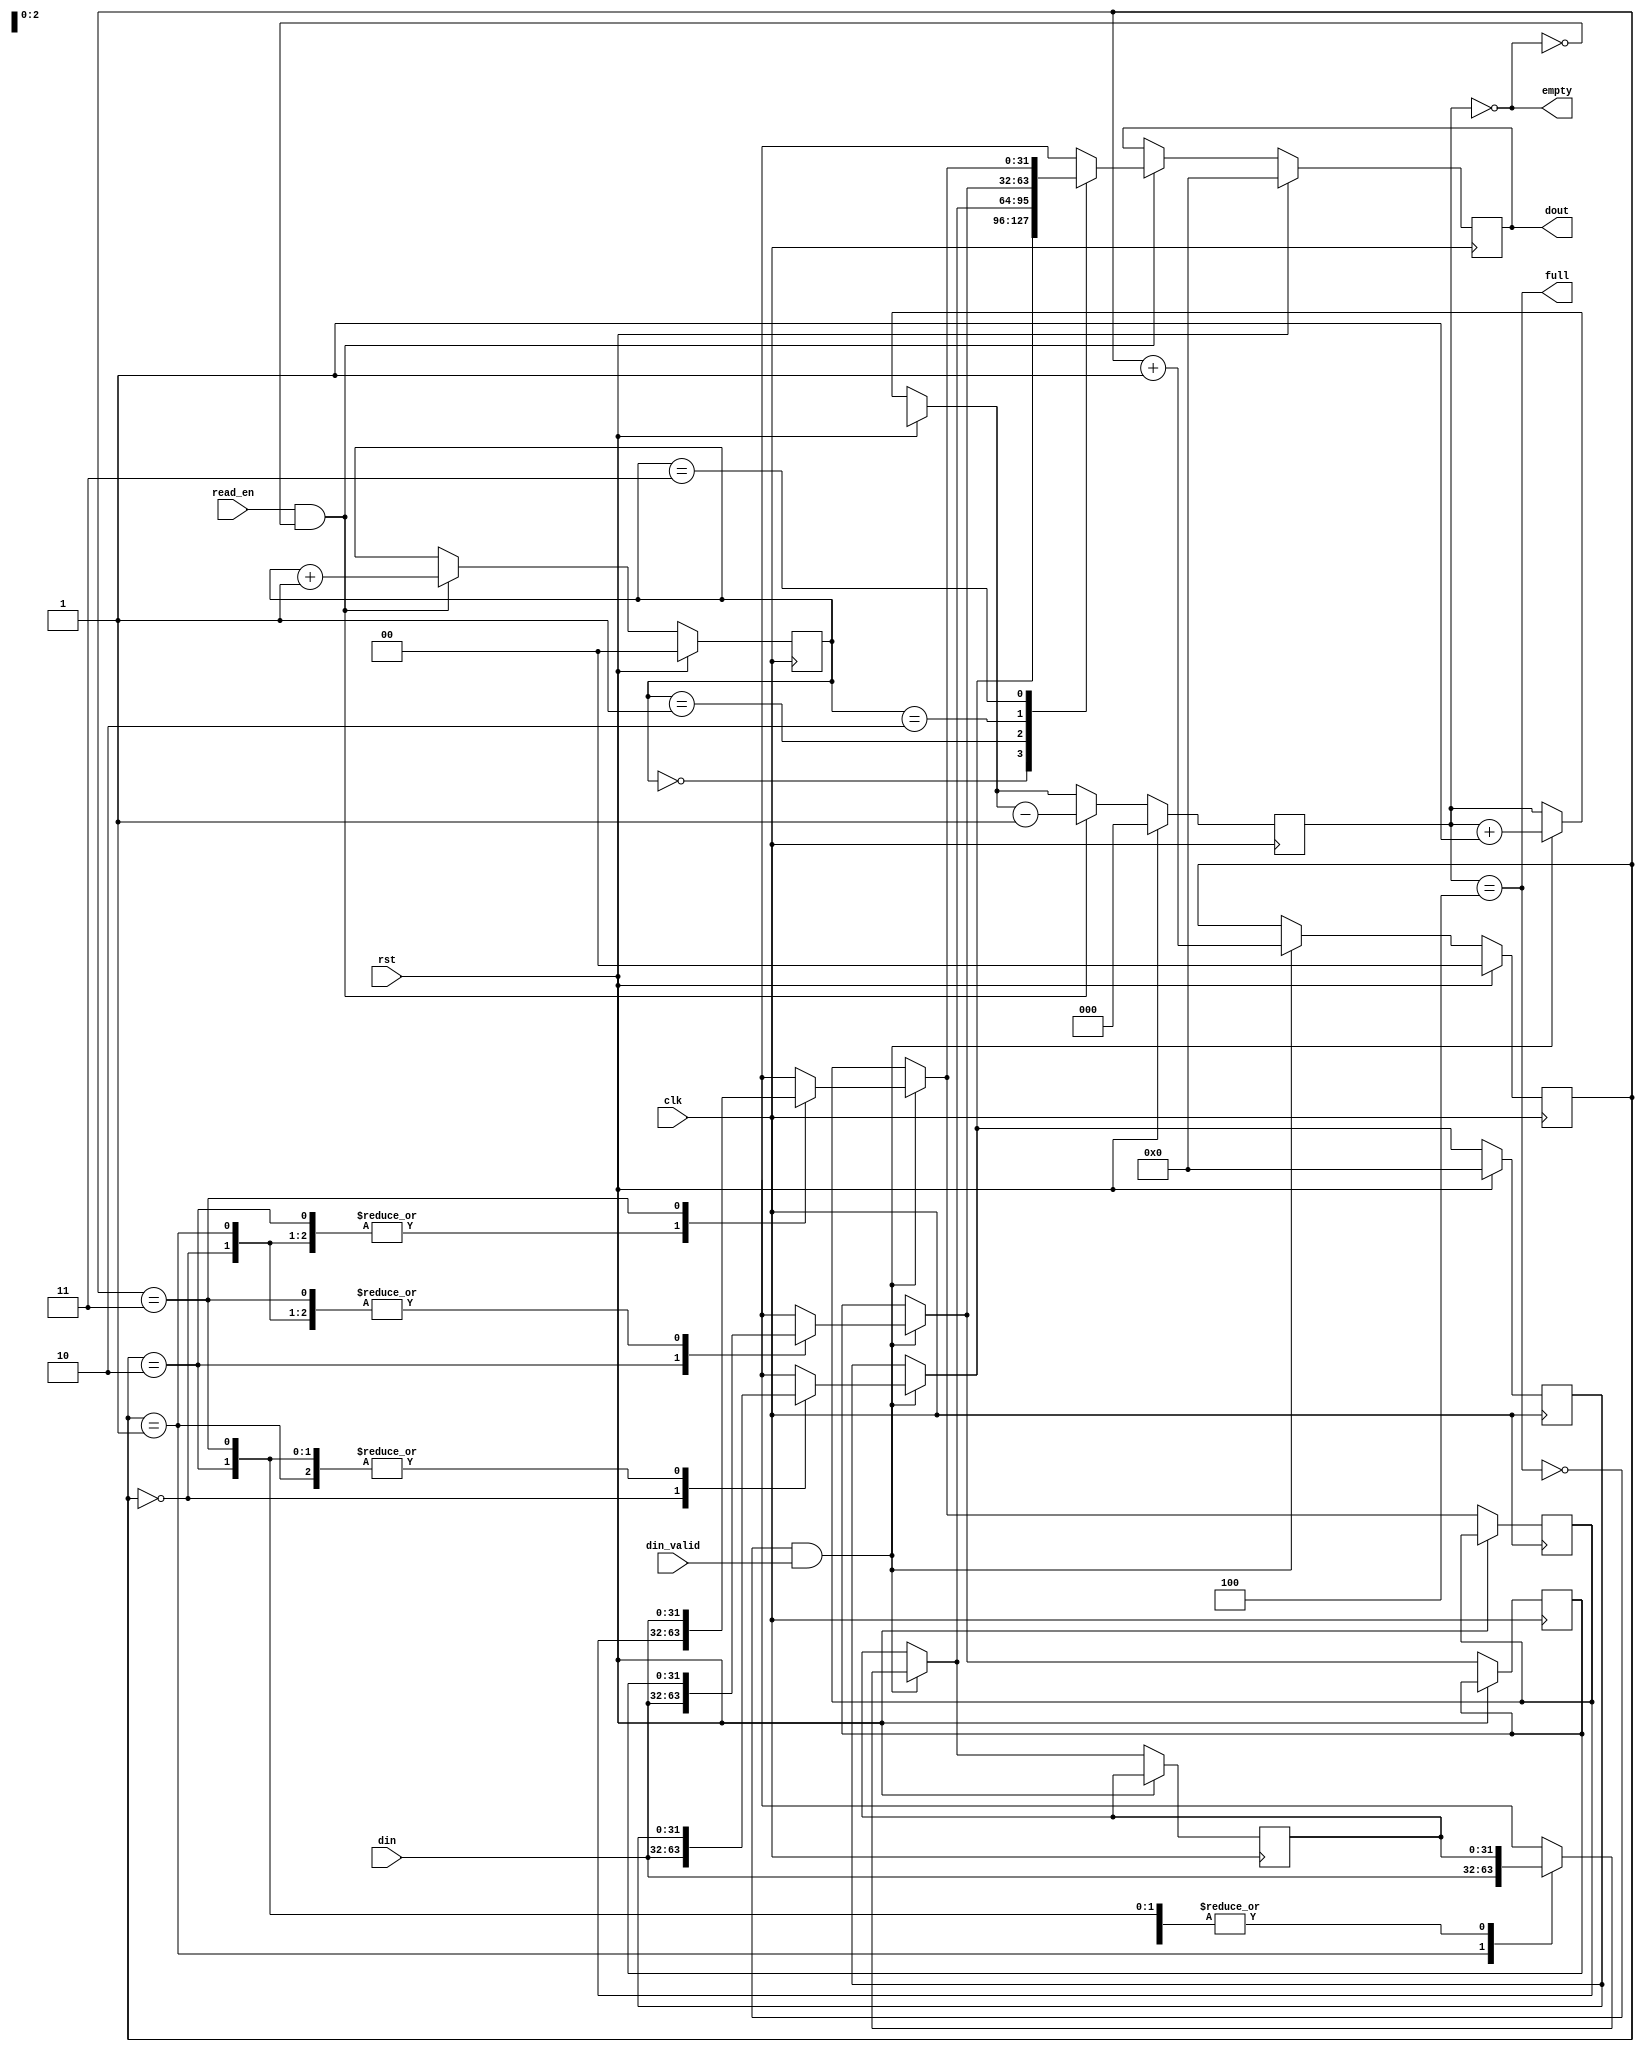
`timescale 1ns / 1ps
//////////////////////////////////////////////////////////////////////////////////
// buffer.v
//
// A simple buffer.
// Reads and writes are synchronous
// Reset is synchronous active high.
//
// NOTE: BUFFER_DEPTH has to be a power of 2 
// (Don't forget 1 is also a power of 2 :-) ).
//////////////////////////////////////////////////////////////////////////////////


module buffer#(
    parameter DATA_WIDTH = 32,
    parameter BUFFER_DEPTH = 4
)(
    input clk,
    input rst,
    input [DATA_WIDTH-1:0] din,
    input din_valid,
    input read_en,
    output [DATA_WIDTH-1:0] dout,
    output empty,
    output full
);
    
    localparam BUFFER_WIDTH = $clog2(BUFFER_DEPTH);

    /* 
    If BUFFER_DEPTH is 1 the logic needs to be different
    as read_pointer / write_pointer should not be used. Using
    generate statement to correctly generate logic 
    */
    generate
        if (BUFFER_DEPTH != 1) begin
            reg [DATA_WIDTH-1:0] data [BUFFER_DEPTH-1:0];
            reg [BUFFER_WIDTH-1:0] read_pointer, write_pointer;
            reg [BUFFER_WIDTH:0] status_counter;
            reg [DATA_WIDTH-1:0] output_data;
            
            assign empty = status_counter == 0;
            assign full = status_counter == BUFFER_DEPTH;
            assign dout = output_data;

            integer i;
            initial begin
                for (i = 0; i < BUFFER_DEPTH; i = i + 1)
                    data[i] <= 0;
                read_pointer <= 0;
                write_pointer <= 0;
                status_counter <= 0;
                output_data <= 0;
            end


            always@(posedge clk) begin
                if (rst) begin
                    data[0] <= 0;
                    read_pointer <= 0;
                    write_pointer <= 0;
                    status_counter <= 0;
                    output_data <= 0;
                end
                else begin
                    if (!full && din_valid) begin
                        data[write_pointer] = din;
                        write_pointer = write_pointer + 1;
                        status_counter = status_counter + 1;
                    end
                    if (read_en && !empty) begin
                        output_data = data[read_pointer];
                        read_pointer = read_pointer + 1;
                        status_counter = status_counter - 1;
                    end
                end
            end
        end
        else begin
            reg [DATA_WIDTH-1:0] data;
            reg status_counter;
            reg [DATA_WIDTH-1:0] output_data;
            
            assign empty = status_counter == 0;
            assign full = status_counter == BUFFER_DEPTH;
            assign dout = output_data;

            integer i;
            initial begin
                data <= 0;
                status_counter <= 0;
                output_data <= 0;
            end


            always@(posedge clk) begin
                if (rst) begin
                    data <= 0;
                    status_counter <= 0;
                    output_data <= 0;
                end
                else begin
                    if (!full && din_valid) begin
                        data = din;
                        status_counter = status_counter + 1;
                    end
                    if (read_en && !empty) begin
                        output_data = data;
                        status_counter = status_counter - 1;
                    end
                end
            end
        end
    endgenerate

endmodule